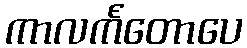
ကာလင်္ကတောပေ